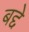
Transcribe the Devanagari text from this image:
बद्दे